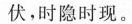
伏，时隐时现。